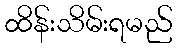
ထိန်းသိမ်းရမည်